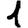
Digit: 1